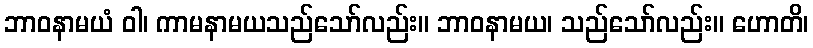
ဘာဝနာမယံ ဝါ၊ ကာမနာမယသည်သော်လည်း။ ဘာဝနာမယ၊ သည်သော်လည်း။ ဟောတိ၊